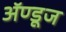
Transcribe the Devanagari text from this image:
ॲण्डूज